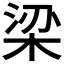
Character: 梁